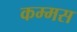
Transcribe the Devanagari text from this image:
कम्मस